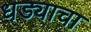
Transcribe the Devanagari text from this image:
धड्याचा